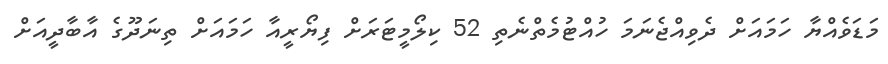
މަޑަވެއްޔާ ހަމައަށް ދެވިއްޖެނަމަ ހުއްޓުމެތްނެތި 52 ކިލޯމީޓަރަށް ފިޔޯރީއާ ހަމައަށް ތިނަދޫގެ އާބާދީއަށް